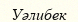
Уәлибек